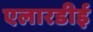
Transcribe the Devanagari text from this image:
एलारडीई